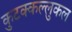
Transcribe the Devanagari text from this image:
कुटक्कल्लुकल